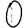
Digit: 0